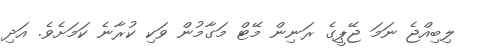
ލިބިއްޖެ ނަމަ ޖޭޕީގެ ރަނިން މޭޓް މަގާމުން ވަކި ކުރާނެ ކަމަށެވެ. އަދި